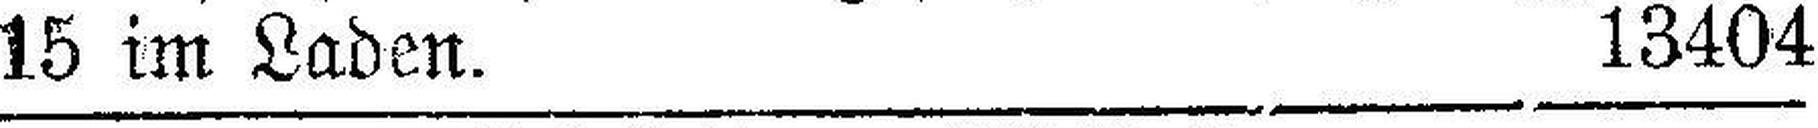
15 im Laden. 13404